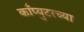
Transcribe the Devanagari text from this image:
काँप्युटरच्या